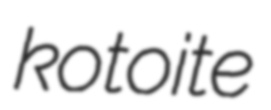
kotoite